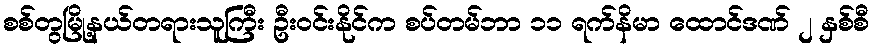
စစ်တွမြို့နယ်တရားသူကြီး ဦးဝင်းနိုင်က စပ်တမ်ဘာ ၁၁ ရက်နိမာ ထောင်ဒဏ် ၂ နှစ်စီ